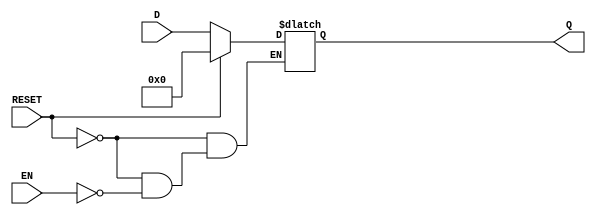
module LatchRegister #(
    parameter WIDTH = 8  // Width of the register in bits
)(
    input wire [WIDTH-1:0] D,    // Data input
    input wire EN,                // Enable signal
    input wire RESET,             // Reset signal
    output reg [WIDTH-1:0] Q      // Data output
);

// Sequential logic for the latch register
always @(*) begin
    if (RESET) begin
        Q = {WIDTH{1'b0}};         // Reset the register to 0
    end else if (EN) begin
        Q = D;                     // Latch the input data
    end
end

endmodule